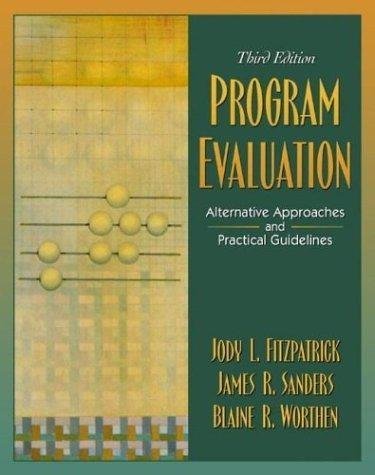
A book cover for Program Evaluation - Alternative Approaches and Practical Guidelines By Fitzpatrick, Sanders, & Worthen (3rd, Third Edition); Jody L. Fitzpatrick / James R. Sanders / Blaine R. Worthen; Education & Teaching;